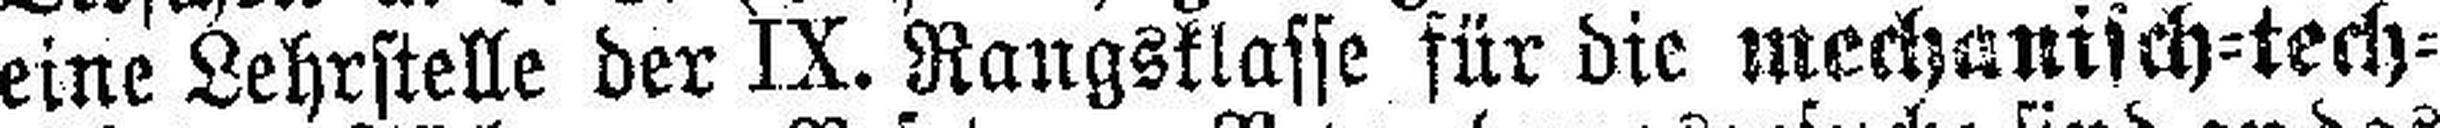
eine Lehrstelle der IX. Rangsklasse für die mechanisch-tech¬